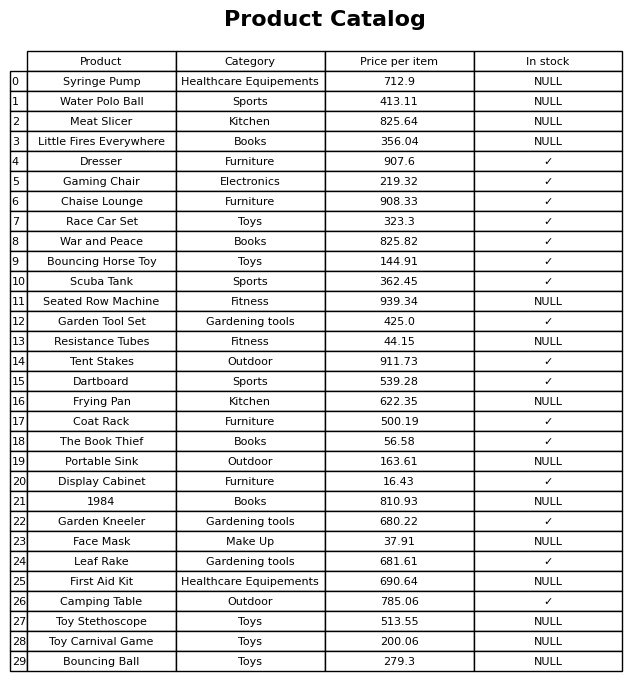
question: What is the price for Water Polo Ball?
answer: The price of Water Polo Ball is 413.11.